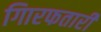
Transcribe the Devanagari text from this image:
गिारफतारी